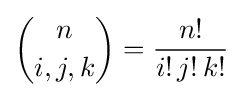
{n \choose i,j,k}={\frac {n!}{i!\,j!\,k!}}